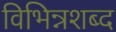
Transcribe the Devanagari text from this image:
विभिन्नशब्द